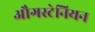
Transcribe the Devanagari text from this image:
औगस्टेनियन